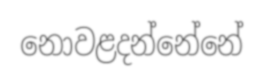
නොවළදන්නේනේ